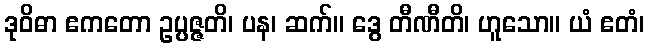
ဒုဝိဓာ ဧကတော ဥပ္ပဇ္ဇတိ၊ ပန၊ ဆက်။ ဒွေ တီဏီတိ၊ ဟူသော။ ယံ ဧတံ၊